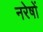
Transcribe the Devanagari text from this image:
नरेषों